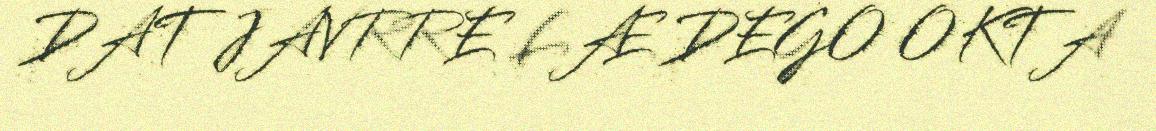
DAT JAVRRE LÆ DEGO OKTA